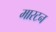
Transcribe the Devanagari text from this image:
मारटन